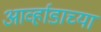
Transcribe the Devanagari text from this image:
आर्व्हाडाच्या